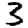
Digit: 3